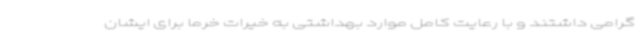
گرامی داشتند و با رعایت کامل موارد بهداشتی به خیرات خرما برای ایشان